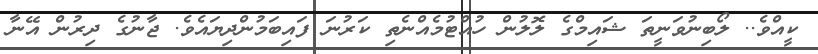
ކީއްވެ.. ލޯބިނުވަނީތަ ޝައިމްގެ ލޮލުން ހުއްޓުމެއްނެތި ކަރުނަ ފައިބަމުންދިޔައެވެ. ޖާނުގެ ދިރުން އޭނާ